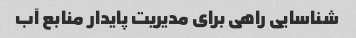
شناسایی راهی برای مدیریت پایدار منابع آب